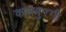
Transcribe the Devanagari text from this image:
कलबुरगी